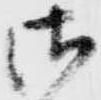
御